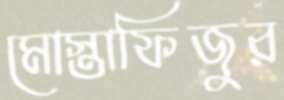
মোস্তাফিজুর